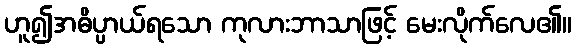
ဟူ၍အဓိပ္ပာယ်ရသော ကုလားဘာသာဖြင့် မေးလိုက်လေ၏။